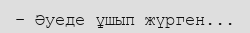
– Əуеде ұшып жүрген...